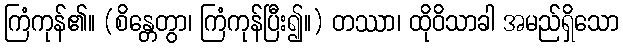
ကြံကုန်၏။ (စိန္တေတွာ၊ ကြံကုန်ပြီး၍။) တဿာ၊ ထိုဝိသာခါ အမည်ရှိသော